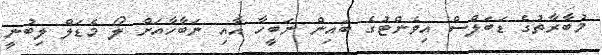
މުބާރާތުގެ ޑަބަލްސް އިވެންޓުގެ ބައިން ނަބީހާ އާއި ނަބާހާއަށް ލޯ މެޑަލް ލިބުނީ